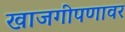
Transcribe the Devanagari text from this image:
खाजगीपणावर